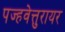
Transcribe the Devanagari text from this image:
पज्हवेत्तुरायर